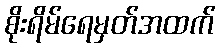
စိုးရိမ်ရေမှတ်အထက်